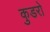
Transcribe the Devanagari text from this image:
कुडरो